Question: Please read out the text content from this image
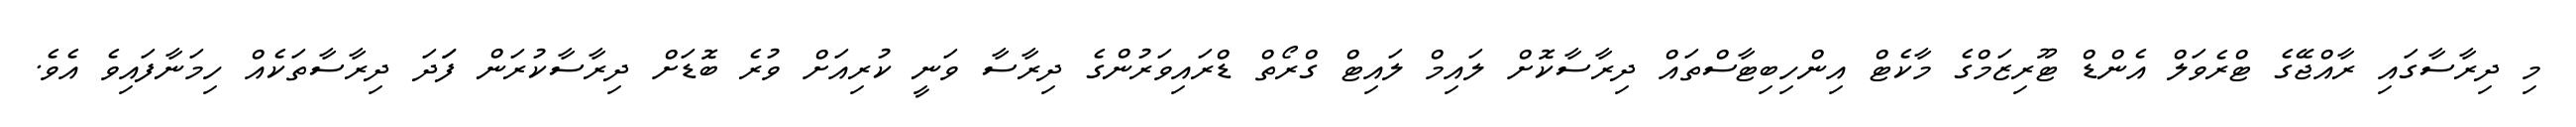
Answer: މި ދިރާސާގައި ރާއްޖޭގެ ޓްރެވަލް އެންޑް ޓޫރިޒަމްގެ މާކެޓް އިންހިބިޓާސްތައް ދިރާސާކޮށް ލައިމް ލައިޓް ގްރޯތް ޑްރައިވަރުންގެ ދިރާސާ ވަނީ ކުރިއަށް ވުރެ ބޮޑަށް ދިރާސާކުރަން ފަަދަ ދިރާސާތަކެއް ހިމަނާފައިވެ އެވެ.